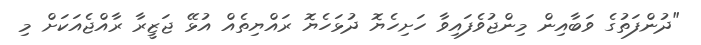
"ދުންފަތުގެ ވަބާއިން މިންޖުވެފައިވާ ހަށިހެޔޮ ދުޅަހެޔޮ ރައްޔިތެއް އުޅޭ ޖަޒީރާ ރާއްޖެއަކަށް މި